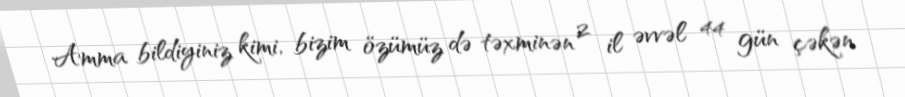
Amma bildiyiniz kimi, bizim özümüz də təxminən 2 il əvvəl 44 gün çəkən